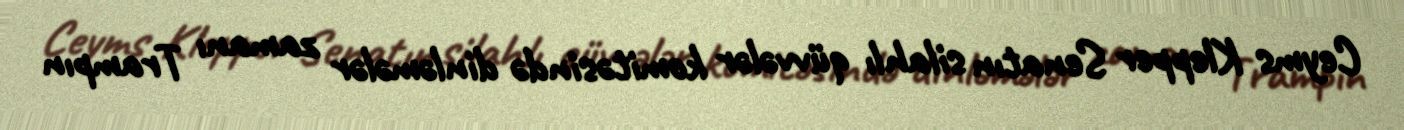
Ceyms Klepper Senatın silahlı qüvvələr komitəsində dinləmələr zamanı Trampın